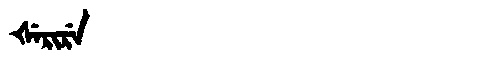
Manchu: ᡧᡝᡵᡳᡵᡝ
Romanization: ŠERIRE